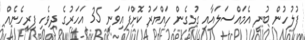
ފުލުހުން ބުނީ އެމައްސަލައާއި ގުޅިގެން ހައްޔަރު ކޮށްފައިވަނީ 35 އަހަރުގެ ދިވެހި ފިރިހެނެއް